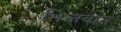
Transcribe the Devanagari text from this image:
भिजवान